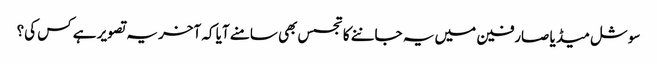
سوشل میڈیا صارفین میں یہ جاننے کا تجسس بھی سامنے آیا کہ آخر یہ تصویر ہے کس کی؟